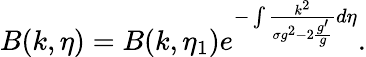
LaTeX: B(k,\eta)=B(k,\eta_{1})e^{-\int\frac{k^{2}}{\sigma g^{2}-2\frac{g^{\prime}}{g}}d\eta}.